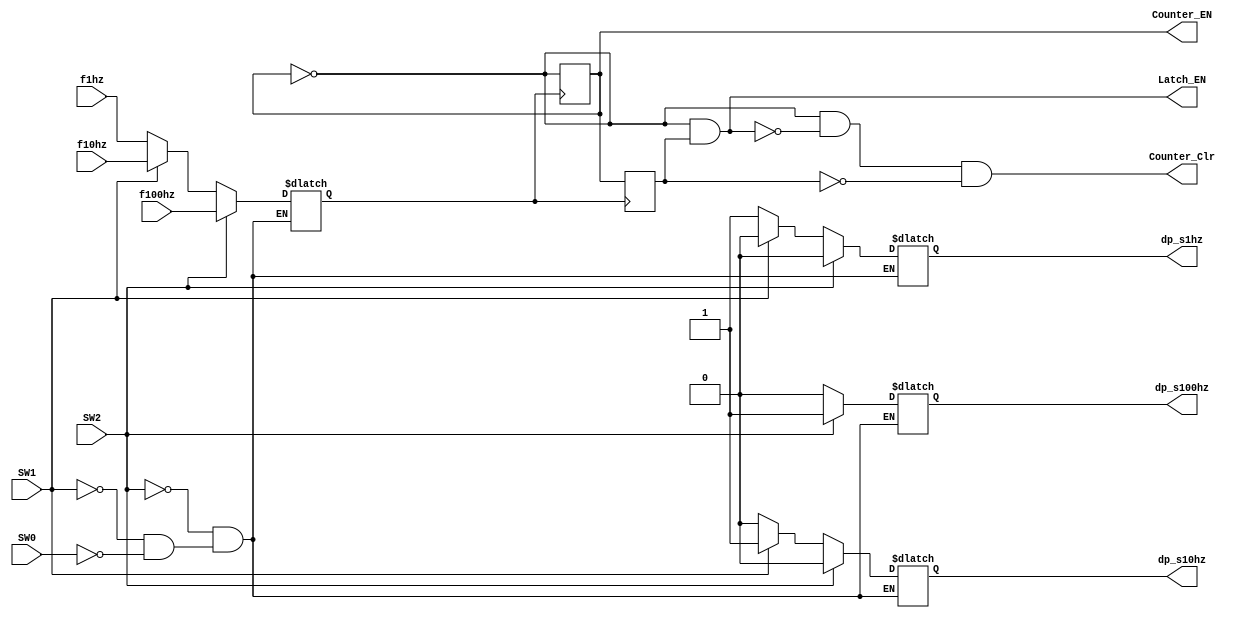
module gate_control(
					SW0,SW1,SW2,
					f1hz,f10hz,f100hz,
					Latch_EN,
					Counter_Clr,
					Counter_EN,
					dp_s1hz,dp_s10hz,dp_s100hz
					); 
output Latch_EN;
output Counter_Clr;
output Counter_EN;
output dp_s1hz,dp_s10hz,dp_s100hz;

input  SW0,SW1,SW2;
input  f1hz,f10hz,f100hz;

reg dp_s1hz,dp_s10hz,dp_s100hz;

reg fref;
reg wire_1;
reg wire_2;

//
initial
begin
  fref <= 1'b0;

  wire_1  <= 1'b0;
  wire_2  <= 1'b0;
end


//
always @(SW0 or SW1 or SW2 or f1hz or f10hz or f100hz)
begin
  if(SW2 == 1'b1)
    begin
      fref <= f100hz;
      {dp_s1hz,dp_s10hz,dp_s100hz} <= 3'b001;
    end
  else if(SW1 == 1'b1)
    begin
      fref <= f10hz;
      {dp_s1hz,dp_s10hz,dp_s100hz} <= 3'b010;
    end
  else if(SW0 == 1'b1)
    begin
      fref <= f1hz;
      {dp_s1hz,dp_s10hz,dp_s100hz} <= 3'b100;
    end
end


//
always @(posedge fref)
begin
  wire_1 <= ! wire_1;
end

always @(negedge fref)
begin
    wire_2 <= wire_1;
end

assign Counter_EN  = wire_1;
assign Latch_EN    = (! Counter_EN) & wire_2;
assign Counter_Clr = (! Counter_EN) & (! Latch_EN) & (! wire_2);

endmodule